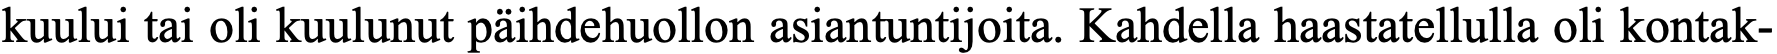
kuului tai oli kuulunut päihdehuollon asiantuntijoita. Kahdella haastatellulla oli kontak-